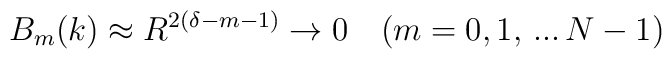
B_m(k)\approx R^{2(\delta -m-1)}\to 0 \quad (m=0,1,\,...\,N-1)